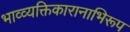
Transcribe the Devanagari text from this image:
भाव्व्यक्तिकारानाभिरूप